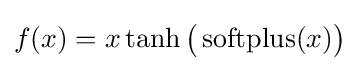
f(x)=x\tanh {\big (}\operatorname {softplus} (x){\big )}